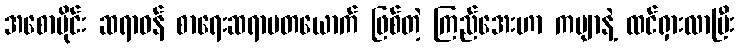
အစောပိုင်း ဆရာဝန် စာရေးဆရာမတယောက် ဖြစ်တဲ့ ကြည်အေးဟာ ကဗျာနဲ့ ထင်ရှားလာပြီး